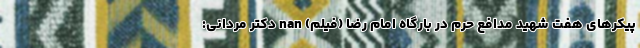
پیکرهای هفت شهید مدافع حرم در بارگاه امام رضا (فیلم) nan دکتر مردانی: